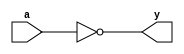
`timescale 1ns / 1ps
//////////////////////////////////////////////////////////////////////////////////
// Company: 
// Engineer: 
// 
// Design Name: 
// Module Name:    NOT_GATE 
// Project Name: 
// Target Devices: 
// Tool versions: 
// Description: 
//
// Dependencies: 
//
// Revision: 
// Revision 0.01 - File Created
// Additional Comments: 
//
//////////////////////////////////////////////////////////////////////////////////
module NOT_GATE(
    input a,
    output y
    );

not(y,a);
endmodule